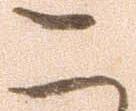
こ